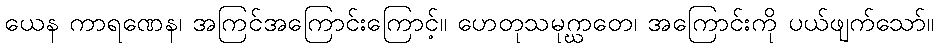
ယေန ကာရဏေန၊ အကြင်အကြောင်းကြောင့်။ ဟေတုသမုဂ္ဃာတေ၊ အကြောင်းကို ပယ်ဖျက်သော်။